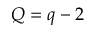
Q = q - 2